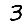
Digit: 3